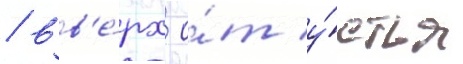
/ вв'е́рх о́т у́стья